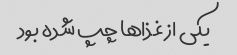
یکی از غذاها چپ شده بود